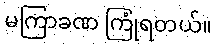
မကြာခဏ ကြုံရတယ်။